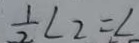
\frac { 1 } { 2 } \angle 2 = \angle